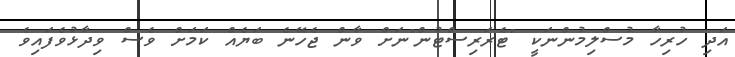
އަދި ހުރިހާ މުސްލިމުންނަކީ "ޓެރަރިސްޓުން"ނަށް ވާން ޖެހޭނެ ބަޔެއް ކަމަށް ވެސް ވިދާޅުވެފައިވެ